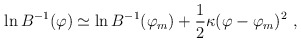
\begin{align*}\ln B^{-1} (\varphi) \simeq \ln B^{-1} (\varphi_m) + {1\over 2} \kappa (\varphi -\varphi_m)^2\ , \end{align*}